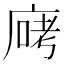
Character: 𫷶